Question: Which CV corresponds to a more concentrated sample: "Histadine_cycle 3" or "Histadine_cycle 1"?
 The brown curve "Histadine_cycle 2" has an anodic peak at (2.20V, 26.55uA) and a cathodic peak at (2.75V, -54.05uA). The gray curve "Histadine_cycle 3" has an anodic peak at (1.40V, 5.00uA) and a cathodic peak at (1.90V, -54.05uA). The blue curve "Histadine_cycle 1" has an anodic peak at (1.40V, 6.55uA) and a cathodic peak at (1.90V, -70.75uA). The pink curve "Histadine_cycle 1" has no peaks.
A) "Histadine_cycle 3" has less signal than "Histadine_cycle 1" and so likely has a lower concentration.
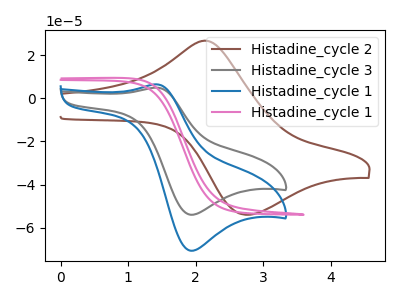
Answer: <think>All the peaks in "Histadine_cycle 3" have a peak in "Histadine_cycle 1" at the same potential. Every peak in "Histadine_cycle 3" is lower than every peak in "Histadine_cycle 1".
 </think>
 <answer>A) "Histadine_cycle 3" has less signal than "Histadine_cycle 1" and so likely has a lower concentration.</answer>
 <eval>A</eval>